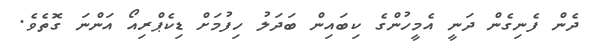
ދެން ފެނިގެން ދަނީ އެމީހުންގެ ކިބައިން ބަދަލު ހިފުމަށް ޑިކެޕްރިއޯ އަންނަ ގޮތެވެ.